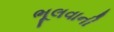
ભૂલવાની